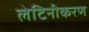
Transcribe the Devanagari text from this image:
लेटिनीकरण